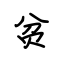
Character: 贫